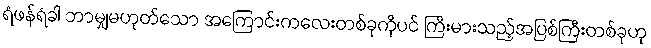
ရံဖန်ရံခါ ဘာမျှမဟုတ်သော အကြောင်းကလေးတစ်ခုကိုပင် ကြီးမားသည့်အပြစ်ကြီးတစ်ခုဟု